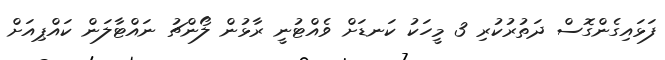
ފަޅައިގެންގޮސް ދަތުރުކުރި 3 މީހަކު ކަނޑަށް ވެއްޓުނީ ރާޅުން ލޯންޗު ނައްޓާލަން ކައްޕިއަށް